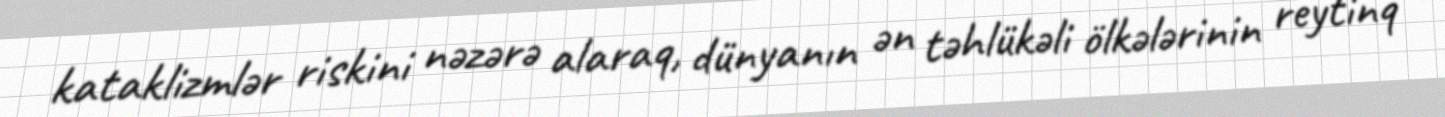
kataklizmlər riskini nəzərə alaraq, dünyanın ən təhlükəli ölkələrinin reytinq